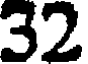
32